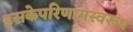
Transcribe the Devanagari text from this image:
इसकेपरिणामस्वरूप